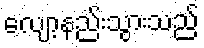
လျော့နည်းသွားသည်